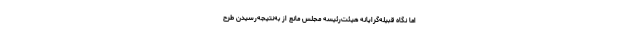
اما نگاه قبیله‌گرایانه هیئت‌رئیسه مجلس مانع از به‌نتیجه‌رسیدن طرح